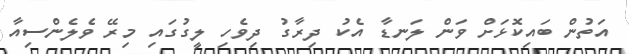
އަތުން ބައިކޮޅަށް ވަން ލަނޑާ އެކު ދިރާގު ދިވެހި ލީގުގައި މިރޭ ވެލެންސިއާ